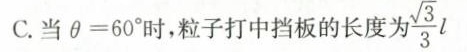
C.当 $$\theta = 6 0 °$$时，粒子打中挡板的长度为 \frac{\sqrt{3}}{3}l